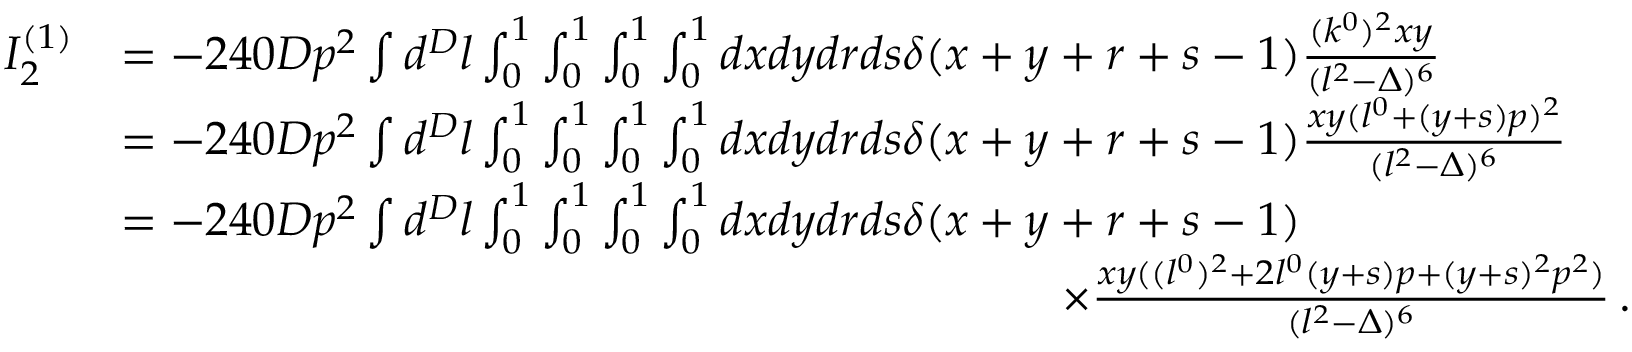
\begin{array} { r l } { I _ { 2 } ^ { ( 1 ) } } & { = - 2 4 0 D p ^ { 2 } \int d ^ { D } l \int _ { 0 } ^ { 1 } \int _ { 0 } ^ { 1 } \int _ { 0 } ^ { 1 } \int _ { 0 } ^ { 1 } d x d y d r d s \delta ( x + y + r + s - 1 ) \frac { ( k ^ { 0 } ) ^ { 2 } x y } { ( l ^ { 2 } - \Delta ) ^ { 6 } } } \\ & { = - 2 4 0 D p ^ { 2 } \int d ^ { D } l \int _ { 0 } ^ { 1 } \int _ { 0 } ^ { 1 } \int _ { 0 } ^ { 1 } \int _ { 0 } ^ { 1 } d x d y d r d s \delta ( x + y + r + s - 1 ) \frac { x y ( l ^ { 0 } + ( y + s ) p ) ^ { 2 } } { ( l ^ { 2 } - \Delta ) ^ { 6 } } } \\ & { = - 2 4 0 D p ^ { 2 } \int d ^ { D } l \int _ { 0 } ^ { 1 } \int _ { 0 } ^ { 1 } \int _ { 0 } ^ { 1 } \int _ { 0 } ^ { 1 } d x d y d r d s \delta ( x + y + r + s - 1 ) } \\ & { \quad \quad \quad \quad \quad \quad \quad \quad \quad \quad \quad \quad \quad \quad \quad \quad \quad \quad \quad \quad \times \frac { x y ( ( l ^ { 0 } ) ^ { 2 } + 2 l ^ { 0 } ( y + s ) p + ( y + s ) ^ { 2 } p ^ { 2 } ) } { ( l ^ { 2 } - \Delta ) ^ { 6 } } \, . } \end{array}